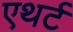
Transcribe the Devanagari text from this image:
एथर्ट